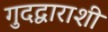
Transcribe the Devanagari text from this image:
गुदद्वाराशी